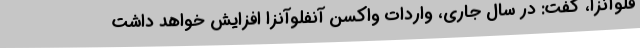
فلوآنزا، گفت: در سال جاری، واردات واکسن آنفلوآنزا افزایش خواهد داشت